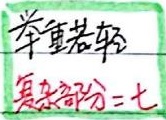
举重若轻 复杂部分 = 七